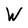
Character: W